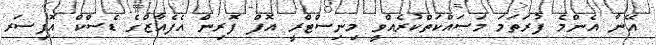
އޭނާ އެންމެ ފުރަތަމަ މަސައްކަތްކުރެއްވީ މިނިސްޓްރީ އޮފް ފޮރިން އެފެއާޒްގެ ޑެސްކް އޮފިސަރ